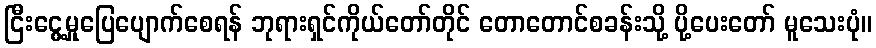
ငြီးငွေ့မှုပြေပျောက်စေရန် ဘုရားရှင်ကိုယ်တော်တိုင် တောတောင်စခန်းသို့ ပို့ပေးတော် မူသေးပုံ။